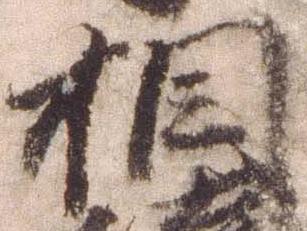
相